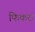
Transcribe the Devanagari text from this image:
फिकरा